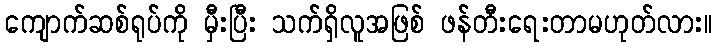
ကျောက်ဆစ်ရုပ်ကို မှီးပြီး သက်ရှိလူအဖြစ် ဖန်တီးရေးတာမဟုတ်လား။